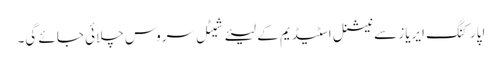
اپارکنگ ایریاز سے نیشنل اسٹیڈیم کے لیئے شیٹل سروس چلائی جائے گی۔